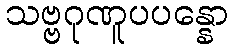
သဗ္ဗဂုဏူပပန္နော